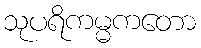
သုပရိကမ္မကတော